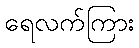
ရေလက်ကြား